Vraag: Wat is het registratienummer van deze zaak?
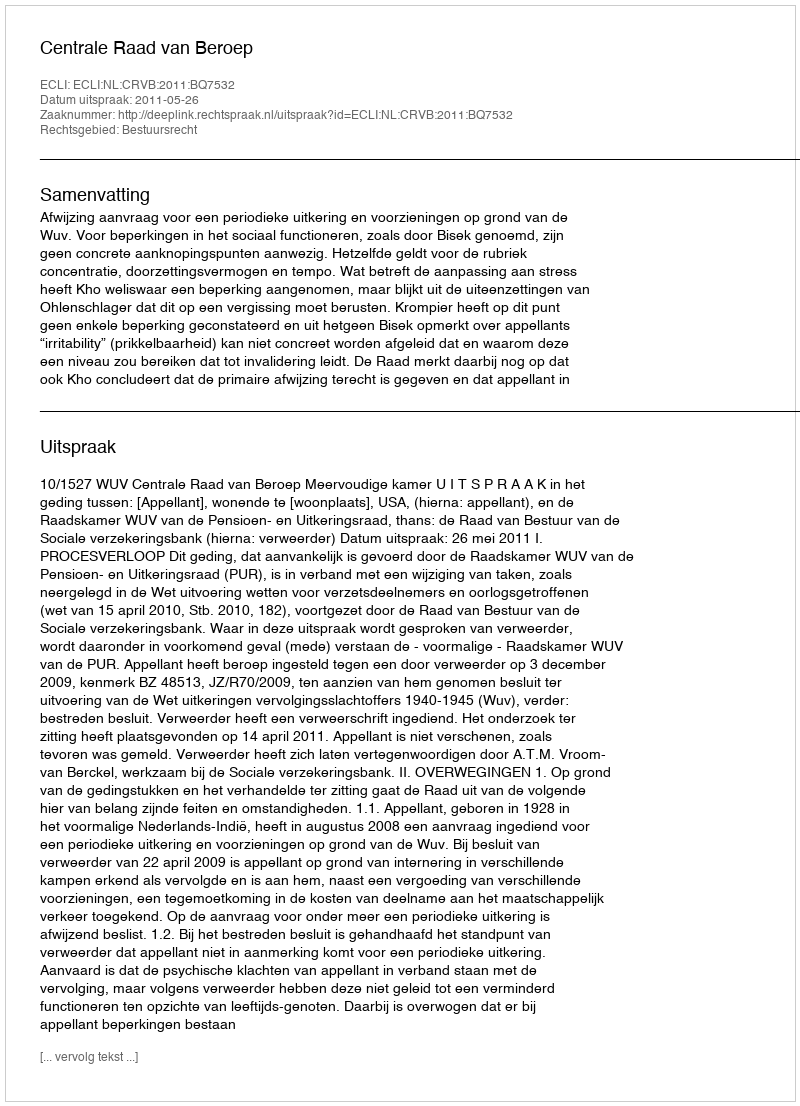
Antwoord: http://deeplink.rechtspraak.nl/uitspraak?id=ECLI:NL:CRVB:2011:BQ7532